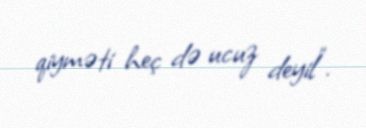
qiyməti heç də ucuz deyil”.